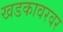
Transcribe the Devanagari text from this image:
खडकावरवर